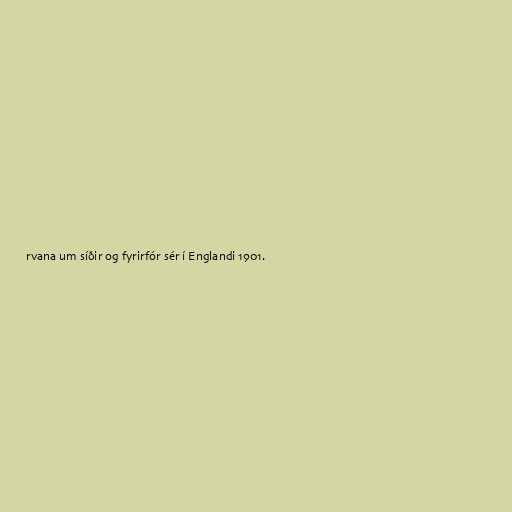
rvana um síðir og fyrirfór sér í Englandi 1901.